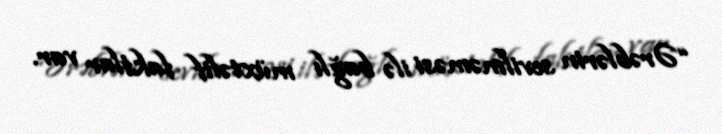
“Ərəblərin sevilməməsi ilə bağlı müxtəlif faktlar var.